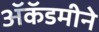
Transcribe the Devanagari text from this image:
ॲकॅडमीने